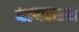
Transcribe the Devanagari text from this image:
द्यायलाच